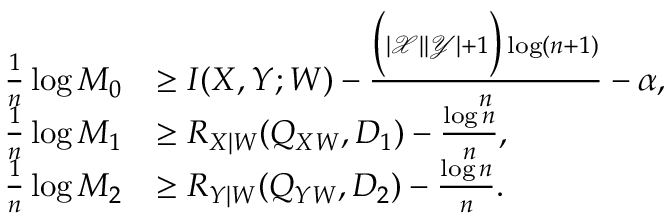
\begin{array} { r l } { \frac { 1 } { n } \log M _ { 0 } } & { \geq I ( X , Y ; W ) - \frac { \Big ( | \mathcal { X } | | \mathcal { Y } | + 1 \Big ) \log ( n + 1 ) } { n } - \alpha , } \\ { \frac { 1 } { n } \log M _ { 1 } } & { \geq R _ { X | W } ( Q _ { X W } , D _ { 1 } ) - \frac { \log n } { n } , } \\ { \frac { 1 } { n } \log M _ { 2 } } & { \geq R _ { Y | W } ( Q _ { Y W } , D _ { 2 } ) - \frac { \log n } { n } . } \end{array}